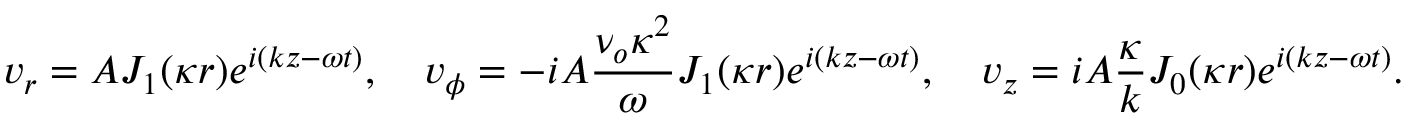
v _ { r } = A J _ { 1 } ( \kappa r ) e ^ { i ( k z - \omega t ) } , \quad v _ { \phi } = - i A \frac { \nu _ { o } \kappa ^ { 2 } } { \omega } J _ { 1 } ( \kappa r ) e ^ { i ( k z - \omega t ) } , \quad v _ { z } = i A \frac { \kappa } { k } J _ { 0 } ( \kappa r ) e ^ { i ( k z - \omega t ) } .